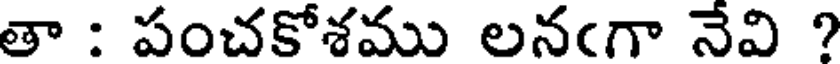
తా : పంచకోశము లనఁగా నేవి ?